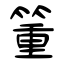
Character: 箽